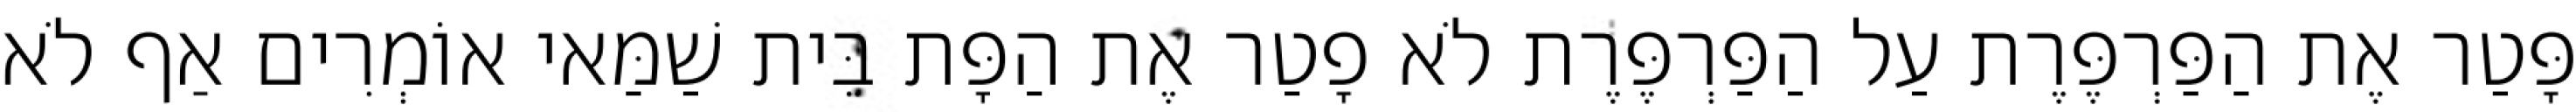
פָּטַר אֶת הַפַּרְפֶּרֶת עַל הַפַּרְפֶּרֶת לֹא פָטַר אֶת הַפָּת בֵּית שַׁמַּאי אוֹמְרִים אַף לֹא